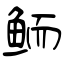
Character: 鲕